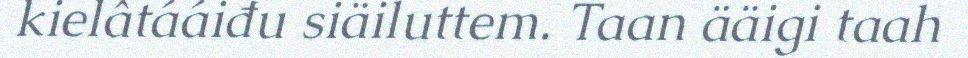
kielâtááiđu siäiluttem. Taan ääigi taah